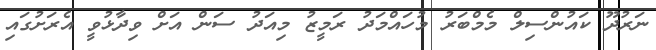
ނަރުދޫ ކައުންސިލް މެމްބަރު މުހައްމަދު ރަމީޒު މިއަދު ސަން އަށް ވިދާޅުވީ އެރަށުގައި